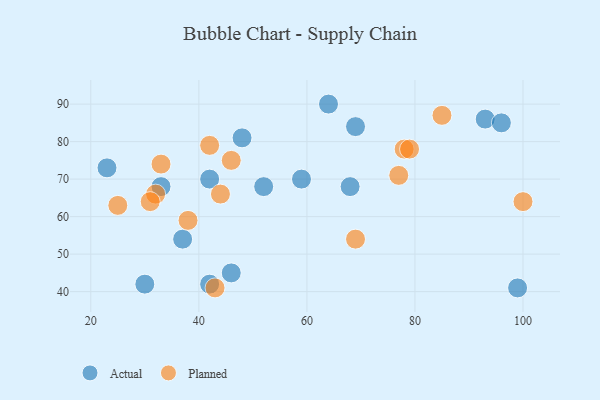
{"axis": {"x": "GDP", "y": "Life Expectancy"}, "legend": ["Actual", "Planned"], "data": [{"x": "30", "y": 42, "type": "Actual"}, {"x": "37", "y": 54, "type": "Actual"}, {"x": "64", "y": 90, "type": "Actual"}, {"x": "93", "y": 86, "type": "Actual"}, {"x": "42", "y": 70, "type": "Actual"}, {"x": "52", "y": 68, "type": "Actual"}, {"x": "42", "y": 42, "type": "Actual"}, {"x": "96", "y": 85, "type": "Actual"}, {"x": "46", "y": 45, "type": "Actual"}, {"x": "99", "y": 41, "type": "Actual"}, {"x": "23", "y": 73, "type": "Actual"}, {"x": "48", "y": 81, "type": "Actual"}, {"x": "68", "y": 68, "type": "Actual"}, {"x": "69", "y": 84, "type": "Actual"}, {"x": "33", "y": 68, "type": "Actual"}, {"x": "59", "y": 70, "type": "Actual"}, {"x": "42", "y": 79, "type": "Planned"}, {"x": "25", "y": 63, "type": "Planned"}, {"x": "78", "y": 78, "type": "Planned"}, {"x": "77", "y": 71, "type": "Planned"}, {"x": "46", "y": 75, "type": "Planned"}, {"x": "33", "y": 74, "type": "Planned"}, {"x": "43", "y": 41, "type": "Planned"}, {"x": "69", "y": 54, "type": "Planned"}, {"x": "32", "y": 66, "type": "Planned"}, {"x": "79", "y": 78, "type": "Planned"}, {"x": "44", "y": 66, "type": "Planned"}, {"x": "100", "y": 64, "type": "Planned"}, {"x": "85", "y": 87, "type": "Planned"}, {"x": "31", "y": 64, "type": "Planned"}, {"x": "38", "y": 59, "type": "Planned"}]}